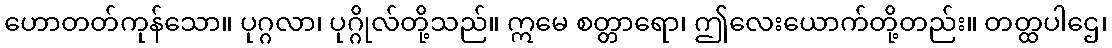
ဟောတတ်ကုန်သော။ ပုဂ္ဂလာ၊ ပုဂ္ဂိုလ်တို့သည်။ ဣမေ စတ္တာရော၊ ဤလေးယောက်တို့တည်း။ တတ္ထပါဌေ၊